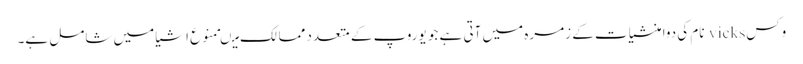
وکس vicks نام کی دوا منشیات کے زمرہ میں آتی ہے جو یوروپ کے متعدد ممالک میںممنوع اشیا میں شامل ہے۔